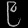
Digit: ၉